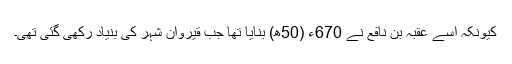
کیونکہ اسے عقبہ بن نافع نے 670ء (50ھ) بنایا تھا جب قیروان شہر کی بنیاد رکھی گئی تھی۔